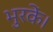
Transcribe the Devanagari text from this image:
भुरकें।